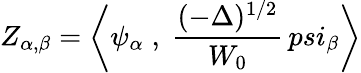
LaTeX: Z_{\alpha,\beta}=\bigg<\psi_{\alpha}\; ,\ {\frac{(-\Delta)^{1/2}}{W_{0}}}\, psi_{\beta}\bigg>